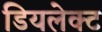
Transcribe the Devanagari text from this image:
डियलेक्ट